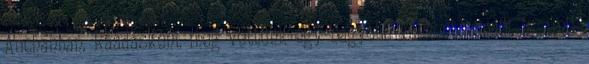
Auchanban. Ráadásként meg vettünk egy nagyobb vászonbőröndöt is amit